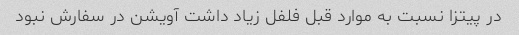
در پیتزا نسبت به موارد قبل فلفل زیاد داشت آویشن در سفارش نبود